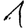
Digit: 1